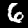
Digit: 6